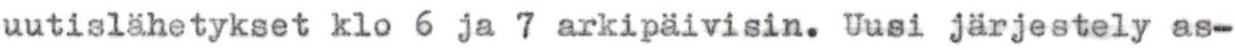
uutislähetykset klo 6 ja 7 arkipäivisin. Uusi järjestely as-